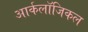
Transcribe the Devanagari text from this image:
आर्कलॉजिकल